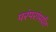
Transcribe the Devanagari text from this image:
परंपरांपर्यंत